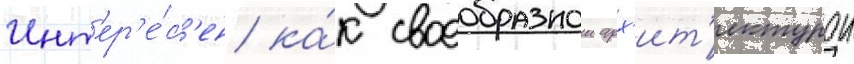
Инт'ер'е́с'ен ка́к своеобразнои арх'ит'ектурои